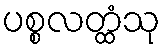
ပစ္စလတ္ထံသု